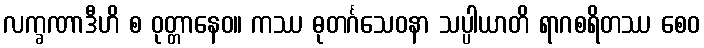
လက္ခဏာဒီဟိ စ ဝုတ္တာနေဝ။ ကဿ ဓုတင်္ဂသေဝနာ သပ္ပါယာတိ ရာဂစရိတဿ စေဝ